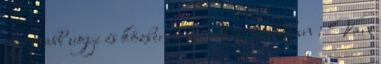
gyorsabb ugye és közben a minőség hibátlan : Van